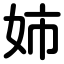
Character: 姉